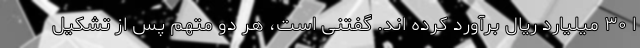
ا ۳۰ میلیارد ریال برآورد کرده اند. گفتنی است، هر دو متهم پس از تشکیل